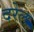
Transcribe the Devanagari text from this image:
दरेल